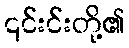
၎င်းင်းတို့၏